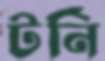
টর্নি